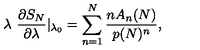
\lambda \ { \frac { \partial S _ { N } } { \partial \lambda } } | _ { \lambda _ { 0 } } = \sum _ { n = 1 } ^ { N } { \frac { n A _ { n } ( N ) } { p ( N ) ^ { n } } } ,